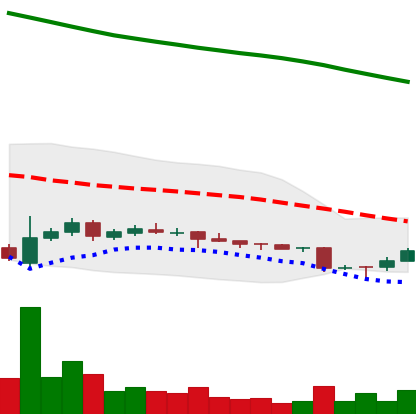
Ticker: ADA-USD
Chart end date: 2018-11-02
Forward return: 8.211%
Label: up_7plus